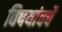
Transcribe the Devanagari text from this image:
विषयांवर्चे